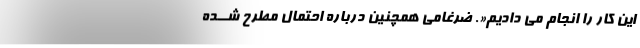
این کار را انجام می دادیم«. ضرغامی همچنین درباره احتمال مطرح شــده